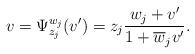
LaTeX: \begin{align*}v=\Psi_{z_j}^{w_j}(v^\prime)=z_j\frac{w_j+v^\prime}{1+\overline{w}_jv^\prime}.\end{align*}